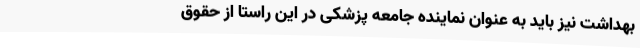
بهداشت نیز باید به عنوان نماینده جامعه پزشکی در این راستا از حقوق